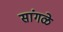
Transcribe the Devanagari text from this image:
सांगळे